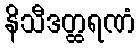
နိသီဒတ္ထရဏံ